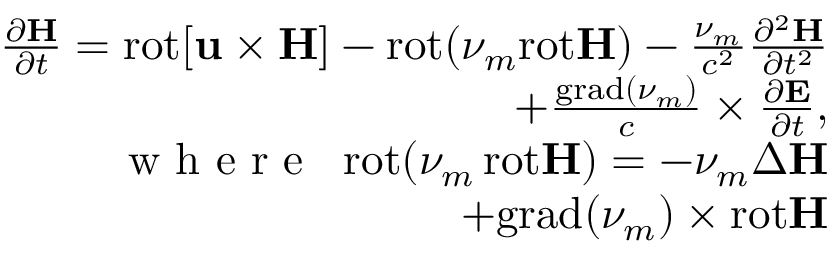
\begin{array} { r } { \frac { \partial { \bf H } } { \partial t } = \mathrm { r o t } { \bf [ u \times H ] } - \mathrm { r o t } ( \nu _ { m } \mathrm { r o t } { \bf H } ) - \frac { \nu _ { m } } { c ^ { 2 } } \frac { \partial ^ { 2 } { \bf H } } { \partial t ^ { 2 } } \qquad \qquad } \\ { + \frac { \mathrm { g r a d } ( \nu _ { m } ) } { c } \times \frac { \partial { \bf E } } { \partial t } , \qquad \qquad } \\ { { { \mathrm { ~ w ~ h ~ e ~ r ~ e ~ } } } \; \; \mathrm { r o t } ( \nu _ { m } \, \mathrm { r o t } { \bf H } ) = - \nu _ { m } \Delta { \bf H } \qquad \qquad } \\ { + \mathrm { g r a d } ( \nu _ { m } ) \times \mathrm { r o t } { \bf H } \qquad \qquad } \end{array}